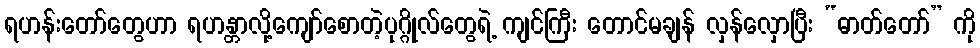
ရဟန်းတော်တွေဟာ ရဟန္တာလို့ကျော်စောတဲ့ပုဂ္ဂိုလ်တွေရဲ့ ကျင်ကြီး တောင်မချန် လှန်လှောပြီး “ဓာတ်တော်” ကို